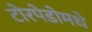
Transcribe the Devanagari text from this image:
टोरपेडोमधे